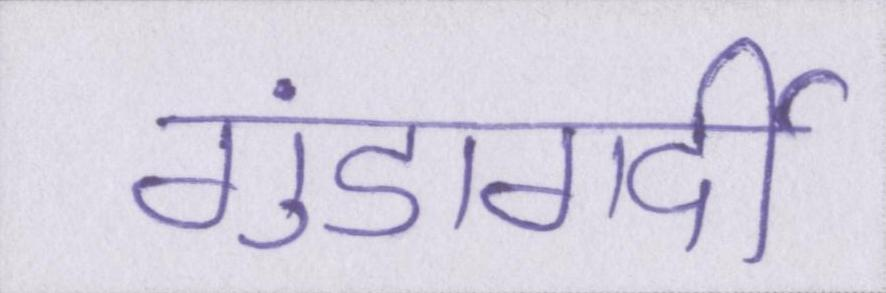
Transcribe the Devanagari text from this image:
गुंडागर्दी